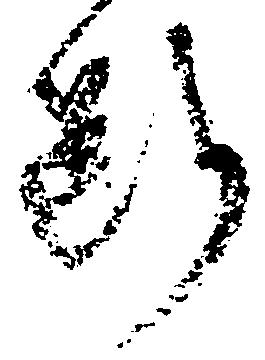
断